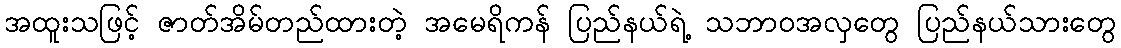
အထူးသဖြင့် ဇာတ်အိမ်တည်ထားတဲ့ အမေရိကန် ပြည်နယ်ရဲ့ သဘာဝအလှတွေ ပြည်နယ်သားတွေ